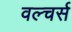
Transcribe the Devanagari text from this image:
वल्चर्स